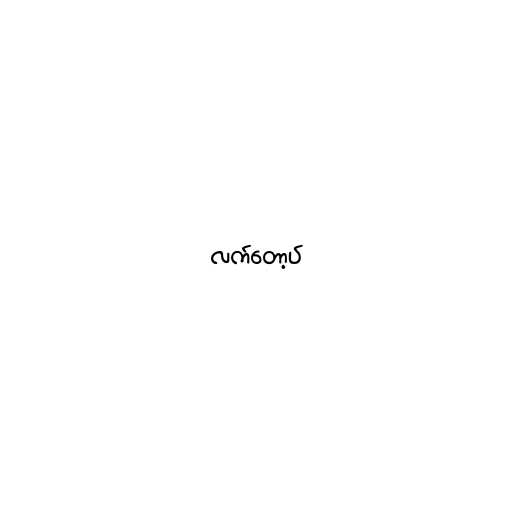
လက်တော့ပ်